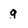
Character: q